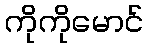
ကိုကိုမောင်